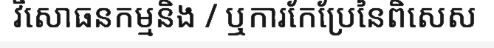
វិសោធនកម្មនិង / ឬការកែប្រែនៃពិសេស